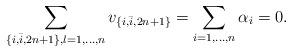
LaTeX: \begin{align*}\sum\limits_{\{i,\bar{i},2n+1\},l=1,\ldots,n}v_{\{i,\bar{i},2n+1\}}=\sum\limits_{i=1,\ldots,n}\alpha_i=0.\end{align*}